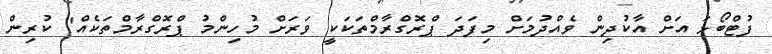
ފުޓްބޯޅަ އަށް އާކުދިން ވެއްދުމަށް މިފަދަ ޕްރޮގްރާމްތަކަކީ ވަރަށް މުހިންމު ޕްރޮގްރާމްތަކެއް" ކުރިން